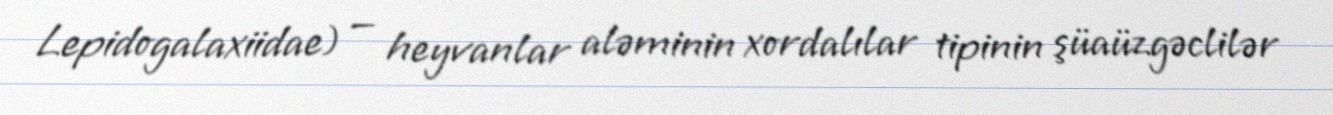
Lepidogalaxiidae) — heyvanlar aləminin xordalılar tipinin şüaüzgəclilər